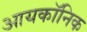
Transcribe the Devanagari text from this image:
आयकॉनिक